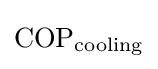
{\rm {COP}}_{\rm {cooling}}